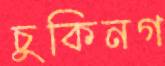
চুকিনগ